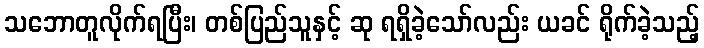
သဘောတူလိုက်ရပြီး၊ တစ်ပြည်သူနှင့် ဆု ရရှိခဲ့သော်လည်း ယခင် ရိုက်ခဲ့သည့်